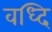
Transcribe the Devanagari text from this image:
वध्दि